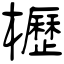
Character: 櫪